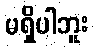
မရှိပါဘူး